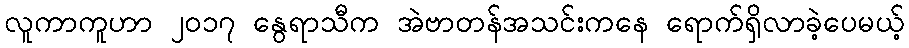
လူကာကူဟာ ၂၀၁၇ နွေရာသီက အဲဗာတန်အသင်းကနေ ရောက်ရှိလာခဲ့ပေမယ့်